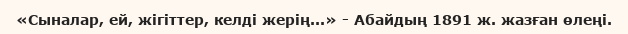
«Сыналар, ей, жігіттер, келді жерің...» - Абайдың 1891 ж. жазған өлеңі.